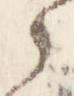
之